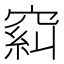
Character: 𱷉